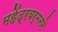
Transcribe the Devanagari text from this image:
महेंद्रवर्मनने